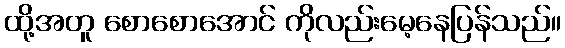
ထို့အတူ စောစောအောင် ကိုလည်းမေ့နေပြန်သည်။